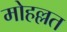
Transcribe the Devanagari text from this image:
मोहल्लत